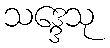
သဒ္ဒေသု